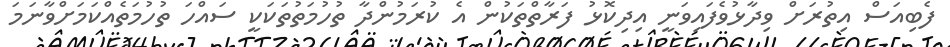
ފެބިއަސް އިތުރަށް ވިދާޅުވެފައިވަނީ އިދިކޮޅު ފަރާތްތަކުން އެ ކުރަމުންދާ ތުހުމަތުތަކަކީ ސައްހަ ތުހުމަތެއްކަމަށްވާނަމަ